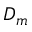
D _ { m }